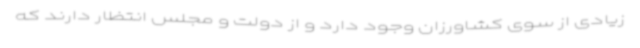
زیادی از سوی کشاورزان وجود دارد و از دولت و مجلس انتظار دارند که